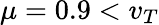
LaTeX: \mu=0.9<v_{T}